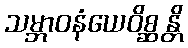
သမ္ဘာဝနံယေဝိစ္ဆန္တိ